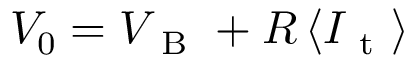
V _ { 0 } = V _ { \mathrm { ~ B ~ } } + R \, \langle I _ { \mathrm { ~ t ~ } } \rangle